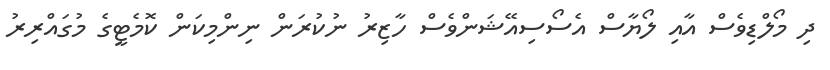
ދި މޯލްޑިވެސް އާއި ލޯޔާސް އެސޯސިއޭޝަންވެސް ހާޒިރު ނުކުރަން ނިންމިކަން ކޮމެޓީގެ މުގައްރިރު